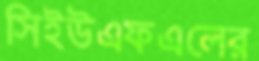
সিইউএফএলের